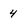
Character: 4